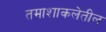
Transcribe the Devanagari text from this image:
तमाशाकलेतील